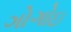
ગોગોઇ